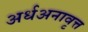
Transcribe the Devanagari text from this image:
अर्धअनावृत्त